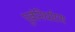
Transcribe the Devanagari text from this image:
पूर्वनिर्धारण